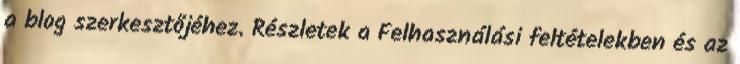
a blog szerkesztőjéhez. Részletek a Felhasználási feltételekben és az